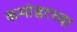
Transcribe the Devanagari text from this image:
कमांडरच्या